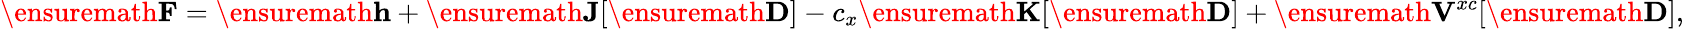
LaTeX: \ensuremath\mathbf{F}=\ensuremath\mathbf{h}+\ensuremath\mathbf{J}[\ensuremath\mathbf{D}]-c_{x}\ensuremath\mathbf{K}[\ensuremath\mathbf{D}]+\ensuremath\mathbf{V}^{xc}[\ensuremath\mathbf{D}],